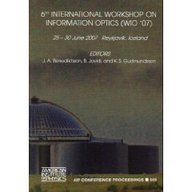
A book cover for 6th International Workshop on Information Optics (WIO '07): Reykjavik, Iceland, 25-30 June 2007 (AIP Conference Proceedings); Computers & Technology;